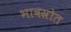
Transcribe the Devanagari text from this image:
भावस्रोत